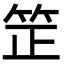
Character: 䇥